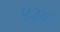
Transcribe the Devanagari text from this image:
४३वॉ